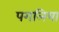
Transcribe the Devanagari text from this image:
पगलिया